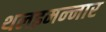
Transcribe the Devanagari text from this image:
थलइमन्‍नार